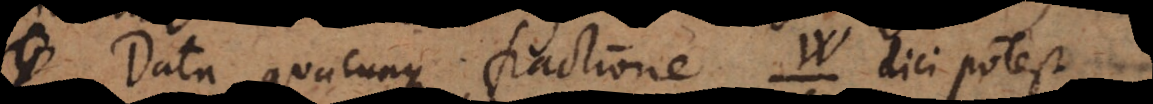
Data quacunque fractione dici potest